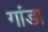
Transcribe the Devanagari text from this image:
गांडा